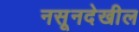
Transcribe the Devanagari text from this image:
नसूनदेखील